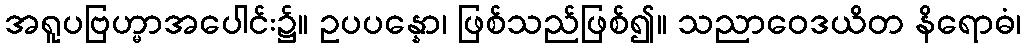
အရူပဗြဟ္မာအပေါင်း၌။ ဥပပန္နော၊ ဖြစ်သည်ဖြစ်၍။ သညာဝေဒယိတ နိရောဓံ၊